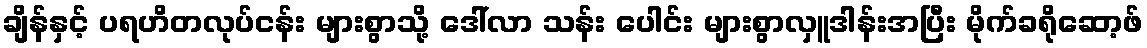
ချိန်နှင့် ပရဟိတလုပ်ငန်း များစွာသို့ ဒေါ်လာ သန်း ပေါင်း များစွာလှူဒါန်းအပြီး မိုက်ခရိုဆော့ဖ်